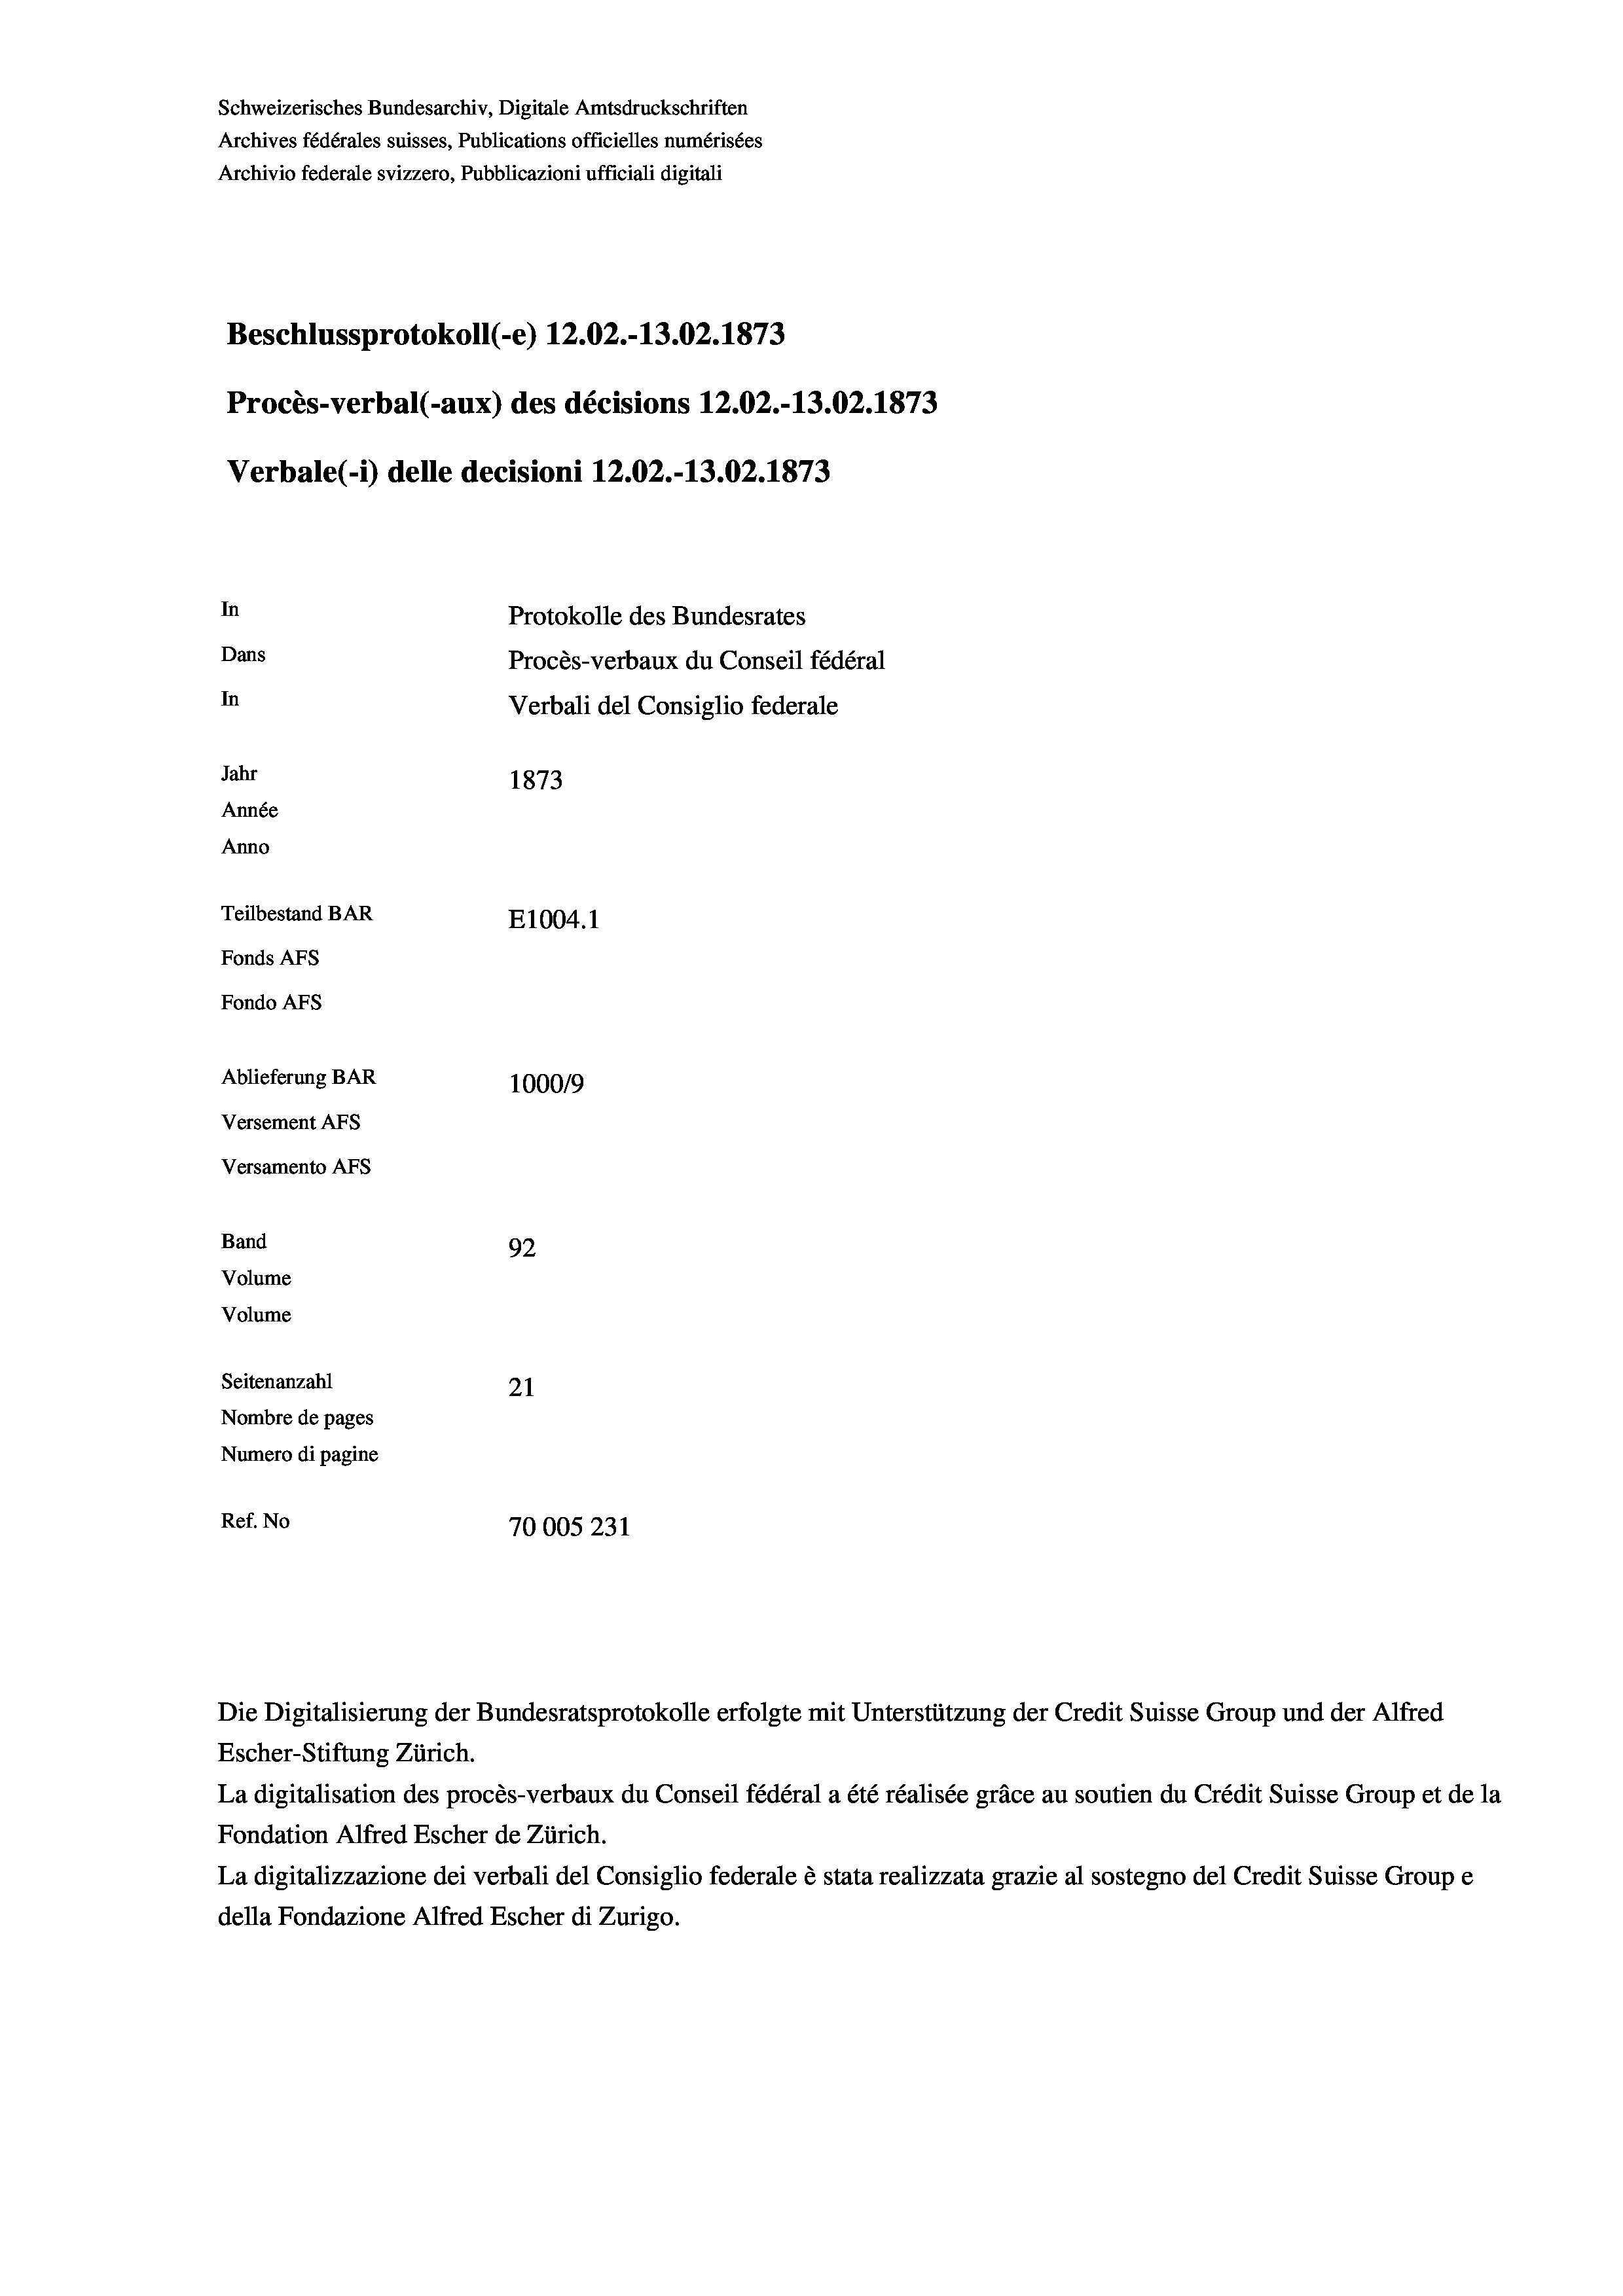
Schweizerisches Bundesarchiv, Digitale Amtsdruckschriften
Archives fédérales suisses, Publications officielles numérisées
Archivio federale svizzero, Pubblicazioni ufficiali digitali
Beschlussprotokoll (-e) 12.02.-13.02. 1873
Procès-verbal (-aux) des décisions 12.02.-13.02. 1873
Verbale(*) delle decisioni 12.02.-13.02. 1873
In
Protokolle des Bundesrates
Dans
Procès-verbaux du Conseil fédéral
In
Verbali del Consiglio federale
Jahr
1873
Année
Anno
Teilbestand BAR
E1004. 1
Fonds AFs
Fondo AFs

Ablieferung BAR
Versement AFs
Versamento AFs
Band
Volume
Volume

92
Seitenanzahl
21
Nombre de pages
Numero di pagine
Ref. No
70005 231

100019

Escher-Stiftung Zürich.
La digitalisation des procès-verbaux du Conseil fédéral a été réalisée gräce au soutien du Crédit Suisse Group et de la
Fondation Alfred Escher de Zürich.
La digitalizzazione dei verbali del Consiglio federale è stata realizzata grazie al sostegno del Credit Suisse Groupe
della Fondazione Alfred Escher di Zurigo.

Die Digitalisierung der Bundesratsprotokolle erfolgte mit Unterstützung der Credit Suisse Group und der Alfred